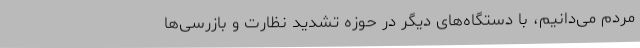
مردم می‌دانیم، با دستگاه‌های دیگر در حوزه تشدید نظارت و بازرسی‌ها